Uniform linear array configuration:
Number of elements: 16
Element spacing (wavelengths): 1
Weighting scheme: cosine
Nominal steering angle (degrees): -30
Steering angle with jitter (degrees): -29.464
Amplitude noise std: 0.05
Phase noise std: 0.05

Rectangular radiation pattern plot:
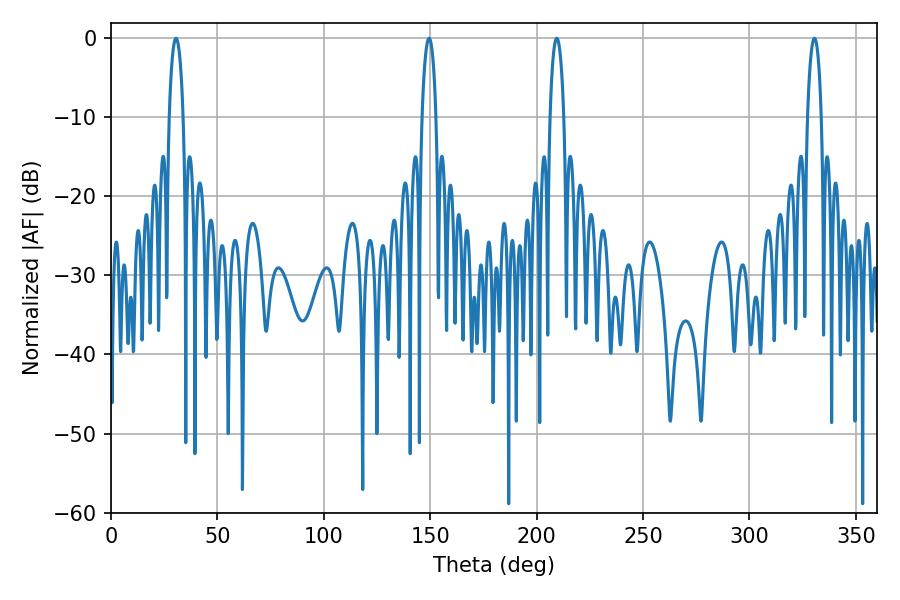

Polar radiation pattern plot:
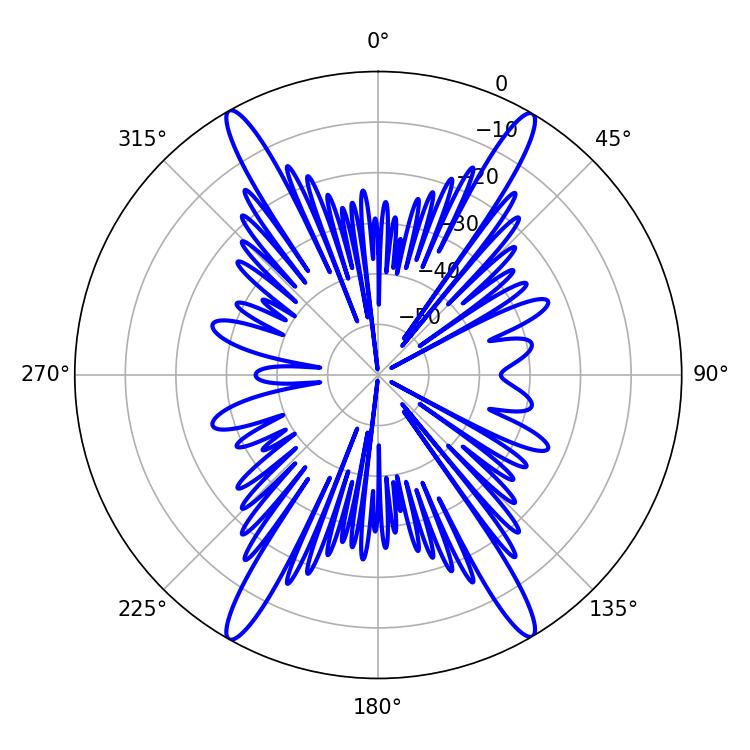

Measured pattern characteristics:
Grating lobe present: TRUE
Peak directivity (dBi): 27.43
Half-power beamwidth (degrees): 3.6
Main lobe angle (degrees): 149.4